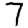
Digit: 7